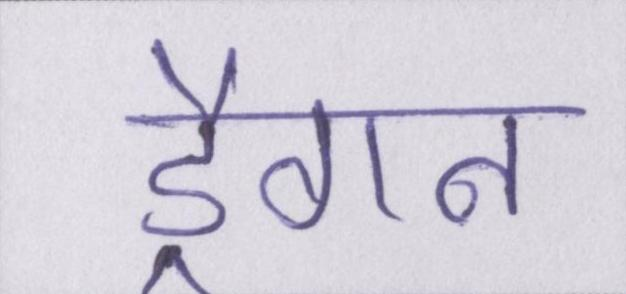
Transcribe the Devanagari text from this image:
ड्रैगन